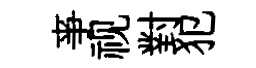
亊视對犯